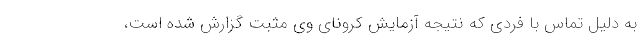
به دلیل تماس با فردی که نتیجه آزمایش کرونای وی مثبت گزارش شده است،